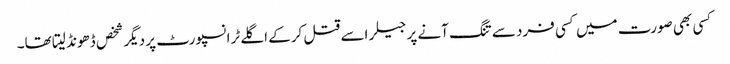
کسی بھی صورت میں کسی فرد سے تنگ آنے پر جیلر اسے قتل کرکے اگلے ٹرانسپورٹ پر دیگر شخص ڈھونڈ لیتا تھا۔